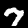
Label: 7